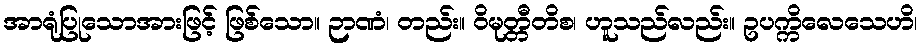
အာရုံပြုသောအားဖြင့် ဖြစ်သော။ ဉာဏံ၊ တည်း။ ဝိမုတ္တီတိစ၊ ဟူသည်လည်း။ ဥပက္ကိလေသေဟိ၊